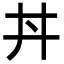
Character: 丼